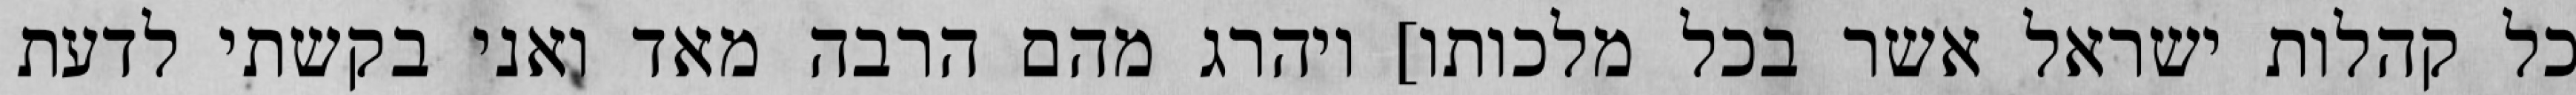
כל קהלות ישראל אשר בכל מלכותו] ויהרג מהם הרבה מאד ואני בקשתי לדעת